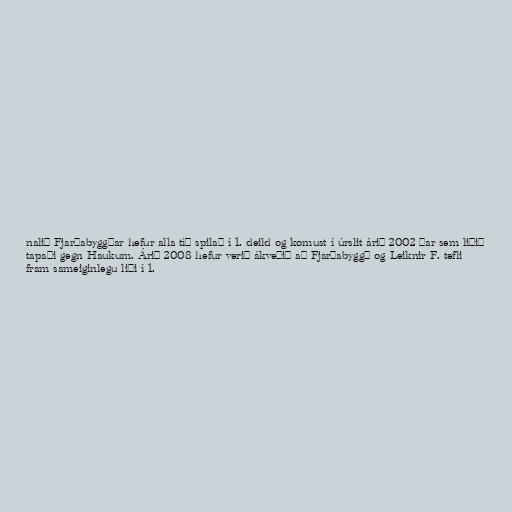
nalið Fjarðabyggðar hefur alla tíð spilað í 1. deild og komust í úrslit árið 2002 þar sem liðið
tapaði gegn Haukum. Árið 2008 hefur verið ákveðið að Fjarðabyggð og Leiknir F. tefli
fram sameiginlegu liði í 1.